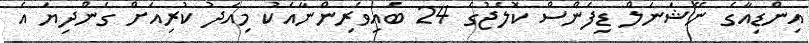
އިންޑިއާގެ ނޭޝަނަލް ޑިފެންސް ކޮލެޖުގެ 24 ބައިވެރިންނާއެކު މިއަދު ކުރިއަށް ގެންދިޔަ އެ